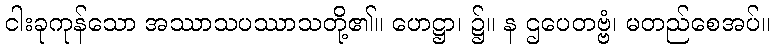
ငါးခုကုန်သော အဿာသပဿာသတို့၏။ ဟေဋ္ဌာ၊ ၌။ န ဌပေတဗ္ဗံ၊ မတည်စေအပ်။